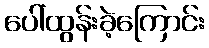
ပေါ်ထွန်းခဲ့ကြောင်း